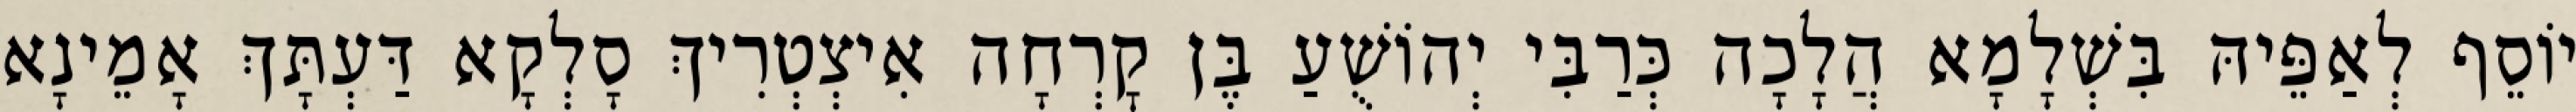
יוֹסֵף לְאַפֵּיהּ בִּשְׁלָמָא הֲלָכָה כְּרַבִּי יְהוֹשֻׁעַ בֶּן קׇרְחָה אִיצְטְרִיךְ סָלְקָא דַּעְתָּךְ אָמֵינָא